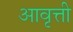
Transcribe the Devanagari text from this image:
अावृत्ती